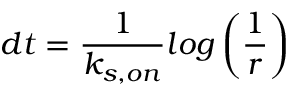
d t = \frac { 1 } { k _ { s , o n } } l o g \left( \frac { 1 } { r } \right)